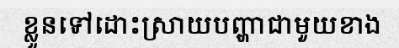
ខ្លួនទៅដោះស្រាយបញ្ហាជាមួយខាង